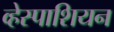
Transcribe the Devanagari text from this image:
व्हेस्पाशियन